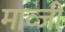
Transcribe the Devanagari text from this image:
माव्जी